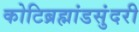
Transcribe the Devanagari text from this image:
कोटिब्रह्मांडसुंदरी